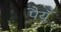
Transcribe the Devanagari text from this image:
पैयुँ